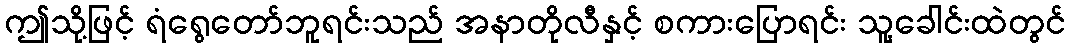
ဤသို့ဖြင့် ရံရွေတော်ဘူရင်းသည် အနာတိုလီနှင့် စကားပြောရင်း သူ့ခေါင်းထဲတွင်